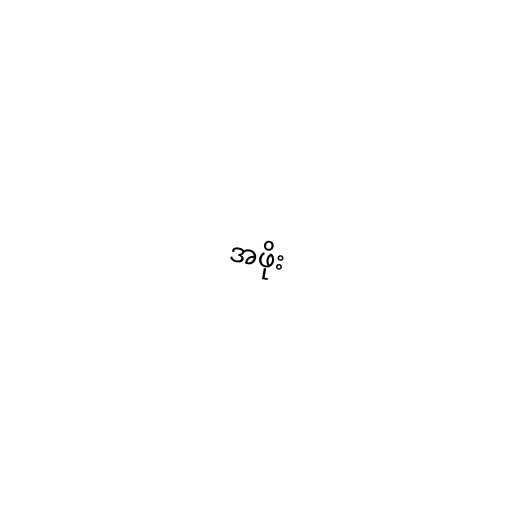
အဖိုး